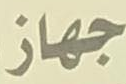
جهاز